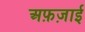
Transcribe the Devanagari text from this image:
अफ़ज़ाई